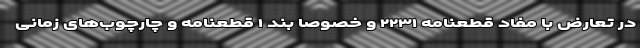
در تعارض با مفاد قطعنامه ۲۲۳۱ و خصوصا بند ۱ قطعنامه و چارچوب‌های زمانی